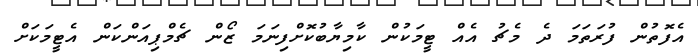
އެފޮތުން ފުރަތަމަ ދެ މެޗު އެއް ޓީމަކުން ކާމިޔާބުކޮށްފިނަމަ ޒޯން ޗެމްޕިއަންކަން އެޓީމަކަށް